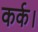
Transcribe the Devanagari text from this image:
कर्क।